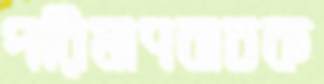
পরিমাণবাচক